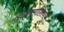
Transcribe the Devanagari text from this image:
राजाश्रयाशिवाय